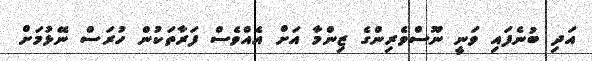
އަދި ބުނެފައި ވަނީ ނޫސްވެރިންގެ ޒިންމާ އަށް އެއްވެސް ފަރާތަކުން ހުރަސް ނޭޅުމަށް